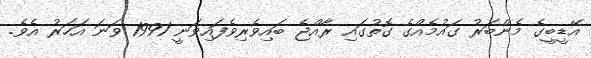
އޭޑީބީގެ މެންބަރު ގައުމެއްގެ ގޮތުގައި ރާއްޖެ ބައިވެރިވެފައިވަނީ 1991 ވަނަ އަހަރު އެވެ.